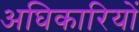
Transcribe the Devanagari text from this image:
अघिकारियों